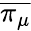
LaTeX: \overline{{\pi_{\mu}}}